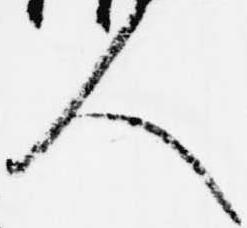
人